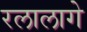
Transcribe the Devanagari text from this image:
रलालागे